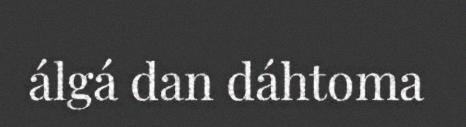
álgá dan dáhtoma